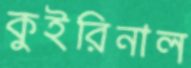
কুইরিনাল